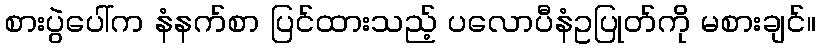
စားပွဲပေါ်က နံနက်စာ ပြင်ထားသည့် ပလောပီနံဥပြုတ်ကို မစားချင်။